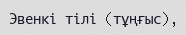
Эвенкі тілі (тұңғыс),